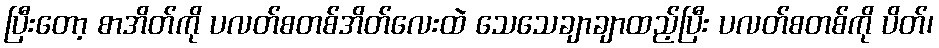
ပြီးတော့ စာအိတ်ကို ပလတ်စတစ်အိတ်လေးထဲ သေသေချာချာထည့်ပြီး ပလတ်စတစ်ကို ပိတ်၊